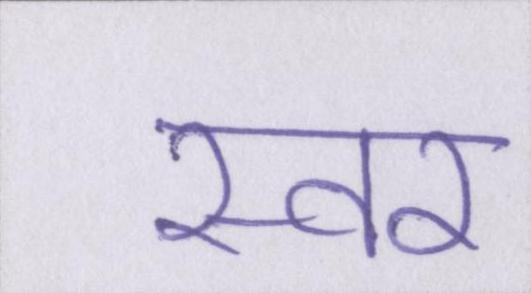
स्वर